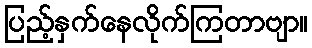
ပြည့်နှက်နေလိုက်ကြတာဗျာ။